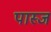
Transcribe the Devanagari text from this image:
पास्ज